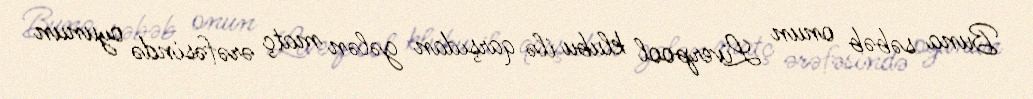
Buna səbəb onun Liverpool klubu ilə qarşıdan gələn matç ərəfəsində oyunun